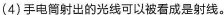
(4)手电筒射出的光线可以被看成是射线。